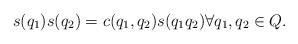
LaTeX: \begin{align*} s(q_1)s(q_2) = c(q_1,q_2) s(q_1q_2) \forall q_1,q_2 \in Q.\end{align*}